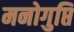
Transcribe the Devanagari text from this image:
मनोगुप्ति